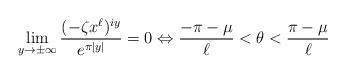
LaTeX: \begin{align*}\lim_{y\rightarrow\pm\infty}\frac{(-\zeta x^\ell)^{iy}}{e^{\pi|y|}}=0\Leftrightarrow\frac{-\pi-\mu}{\ell}<\theta<\frac{\pi-\mu}{\ell}\end{align*}